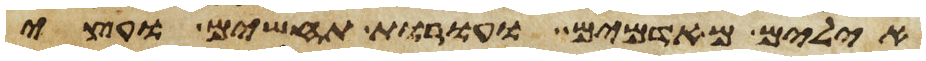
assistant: אילים מאדמים ועורות תחשים ועצי